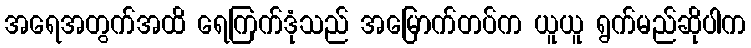
အရေအတွက်အထိ ရေကြက်ဒုံသည် အမြောက်တပ်က ယူယူ ရွက်မည်ဆိုပါက